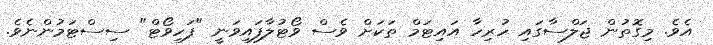
އެވެ. މިގޮތުން ޖަލްސާގައި ހުރިހާ އައިޓަމް ތަކަށް ވެސް ވޯޓުލާފައިވަނީ "ފަހިވޯޓް" ސިސްޓަމުންނެވެ.